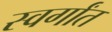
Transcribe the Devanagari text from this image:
स्वर्गांत